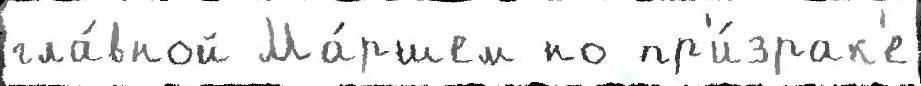
гла́вной Ма́ршем но пр'и́зрак'е